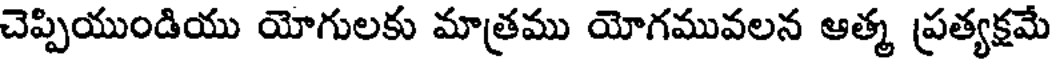
చెప్పియుండియు యోగులకు మాత్రము యోగమువలన ఆత్మ ప్రత్యక్షమే